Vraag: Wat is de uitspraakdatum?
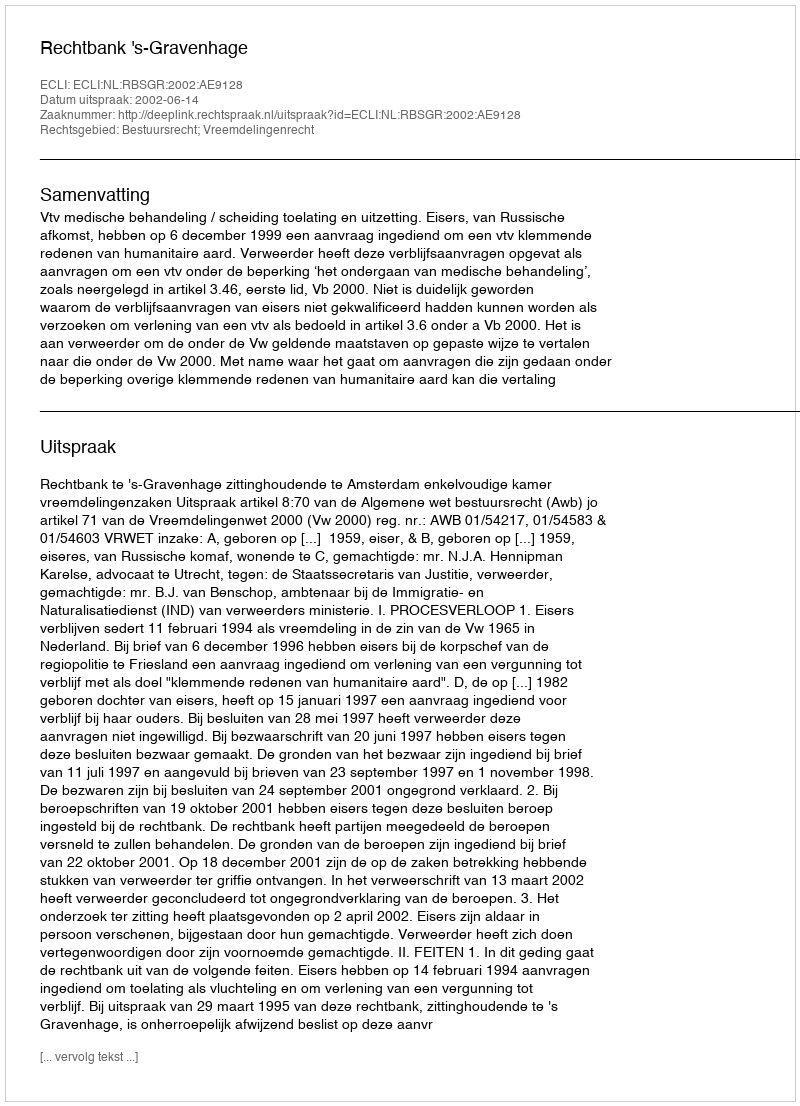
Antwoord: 2002-06-14